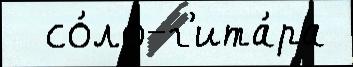
  со́ло-г'ита́ра